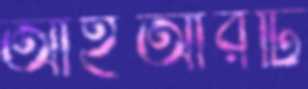
আইআরটি